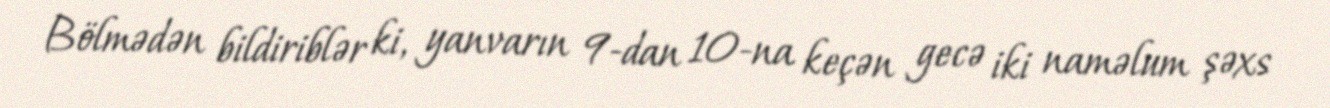
Bölmədən bildiriblər ki, yanvarın 9-dan 10-na keçən gecə iki naməlum şəxs